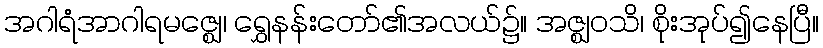
အဂါရံအာဂါရမဇ္ဈေ၊ ရွှေနန်းတော်၏အလယ်၌။ အဇ္ဈဝသိ၊ စိုးအုပ်၍နေပြီ။